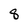
Character: 8